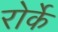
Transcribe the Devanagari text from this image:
रोर्के